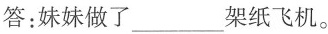
答：妹妹做了___架纸飞机。